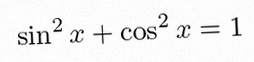
\sin^2x+\cos^2x=1